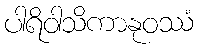
ပါရိဝါသိကာနုဝဿံ